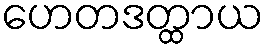
ဟေတဒတ္ထာယ